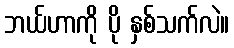
ဘယ်ဟာကို ပို နှစ်သက်လဲ။